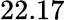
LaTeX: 22.17